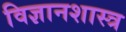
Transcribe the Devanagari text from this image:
विज्ञानशास्त्र